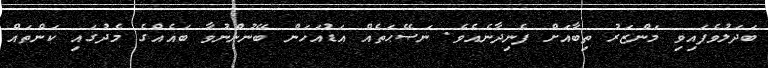
ބަދަލުވެފައިވި މަންޒަރު ތިބާއަށް ފެނިދާނެއެވެ. ނަޞޭޙަތެއް އަޑުއަހަން ބޭނުންނުވާ ބައެއްގެ މެދުގައި ކަންތައް